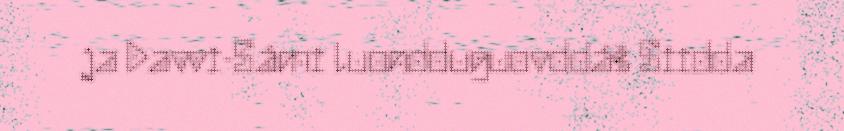
ja Davvi-Sámi luondduguovddáš Siidda